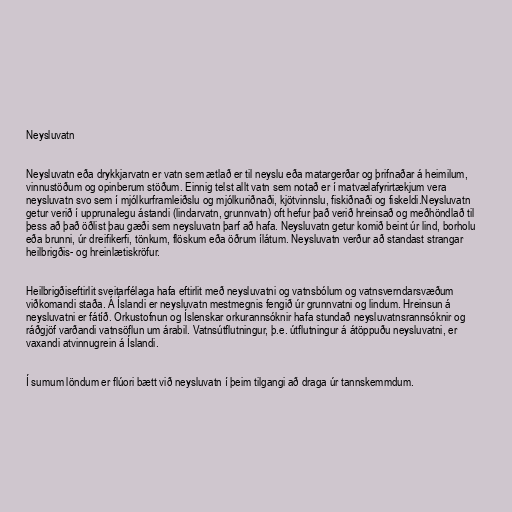
Neysluvatn

Neysluvatn eða drykkjarvatn er vatn sem ætlað er til neyslu eða matargerðar og þrifnaðar á heimilum,
vinnustöðum og opinberum stöðum. Einnig telst allt vatn sem notað er í matvælafyrirtækjum vera
neysluvatn svo sem í mjólkurframleiðslu og mjólkuriðnaði, kjötvinnslu, fiskiðnaði og fiskeldi.Neysluvatn
getur verið í upprunalegu ástandi (lindarvatn, grunnvatn) oft hefur það verið hreinsað og meðhöndlað til
þess að það öðlist þau gæði sem neysluvatn þarf að hafa. Neysluvatn getur komið beint úr lind, borholu
eða brunni, úr dreifikerfi, tönkum, flöskum eða öðrum ílátum. Neysluvatn verður að standast strangar
heilbrigðis- og hreinlætiskröfur.

Heilbrigðiseftirlit sveitarfélaga hafa eftirlit með neysluvatni og vatnsbólum og vatnsverndarsvæðum
viðkomandi staða. Á Íslandi er neysluvatn mestmegnis fengið úr grunnvatni og lindum. Hreinsun á
neysluvatni er fátíð. Orkustofnun og Íslenskar orkurannsóknir hafa stundað neysluvatnsrannsóknir og
ráðgjöf varðandi vatnsöflun um árabil. Vatnsútflutningur, þ.e. útflutningur á átöppuðu neysluvatni, er
vaxandi atvinnugrein á Íslandi.

Í sumum löndum er flúori bætt við neysluvatn í þeim tilgangi að draga úr tannskemmdum.